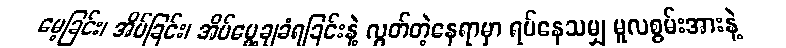
မေ့ခြင်း၊ အိပ်ခြင်း၊ အိပ်မွေ့ချခံရခြင်းနဲ့ လွတ်တဲ့နေရာမှာ ရပ်နေသမျှ မူလစွမ်းအားနဲ့